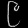
Digit: ၉